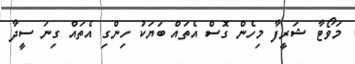
މަވޯޓާ ޝަރީފާ މިހެން ގޮސް އެތައް ބަޔަކު ހިންގި އެތައް ގިނަ ސީދާ